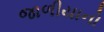
જાળીયાનો